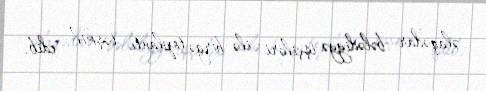
əlaqədar bələdiyyə işçiləri ilə birgə toplantı təşkil edib.